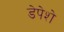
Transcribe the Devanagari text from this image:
डेपेशे